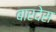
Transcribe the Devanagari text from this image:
बारदेस